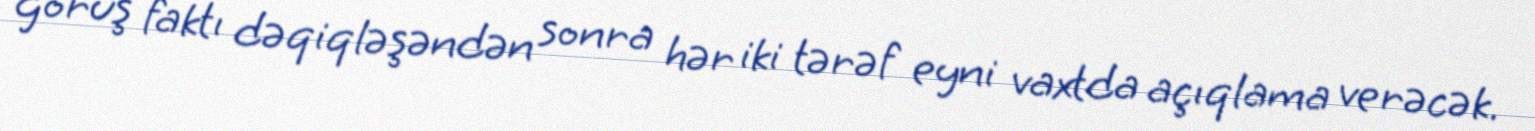
görüş faktı dəqiqləşəndən sonra hər iki tərəf eyni vaxtda açıqlama verəcək.